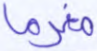
مغرما